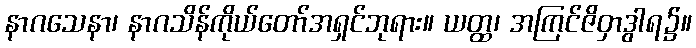
နာဂသေနာ၊ နာဂသိန်ကိုယ်တော်အရှင်ဘုရား။ ယတ္ထ၊ အကြင်ဇိဝှာဒွါရ၌။